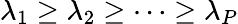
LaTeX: \lambda_{1}\geq\lambda_{2}\geq\dots\geq\lambda_{P}